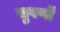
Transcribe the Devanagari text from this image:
सुपर्णों